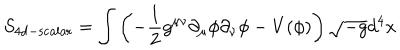
S _ { \mathrm { 4 d - s c a l a r } } = \int { \left( - { \frac { 1 } { 2 } } g ^ { \mu \nu } \partial _ { \mu } \phi \partial _ { \nu } \phi - V ( \phi ) \right) \sqrt { - g } d ^ { 4 } x }